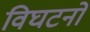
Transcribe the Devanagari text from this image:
विघटनों